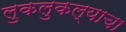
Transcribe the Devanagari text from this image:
लुकलुकल्याचा